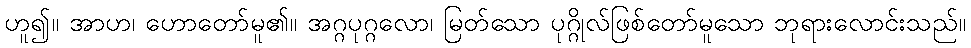
ဟူ၍။ အာဟ၊ ဟောတော်မူ၏။ အဂ္ဂပုဂ္ဂလော၊ မြတ်သော ပုဂ္ဂိုလ်ဖြစ်တော်မူသော ဘုရားလောင်းသည်။